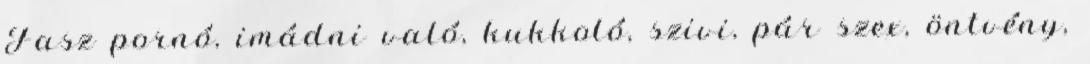
Fasz pornó, imádni való, kukkoló, szivi, pár szex, öntvény,